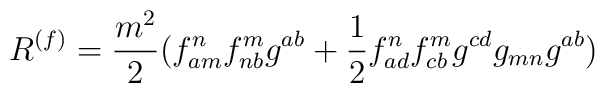
R^{(f)}=\frac {m^2}{2}(f_{am}^nf_{nb}^mg^{ab}+\frac12f_{ad}^nf_{cb}^mg^{cd}g_{mn}g^{ab} )